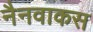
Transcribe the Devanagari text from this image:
नैनवाकस